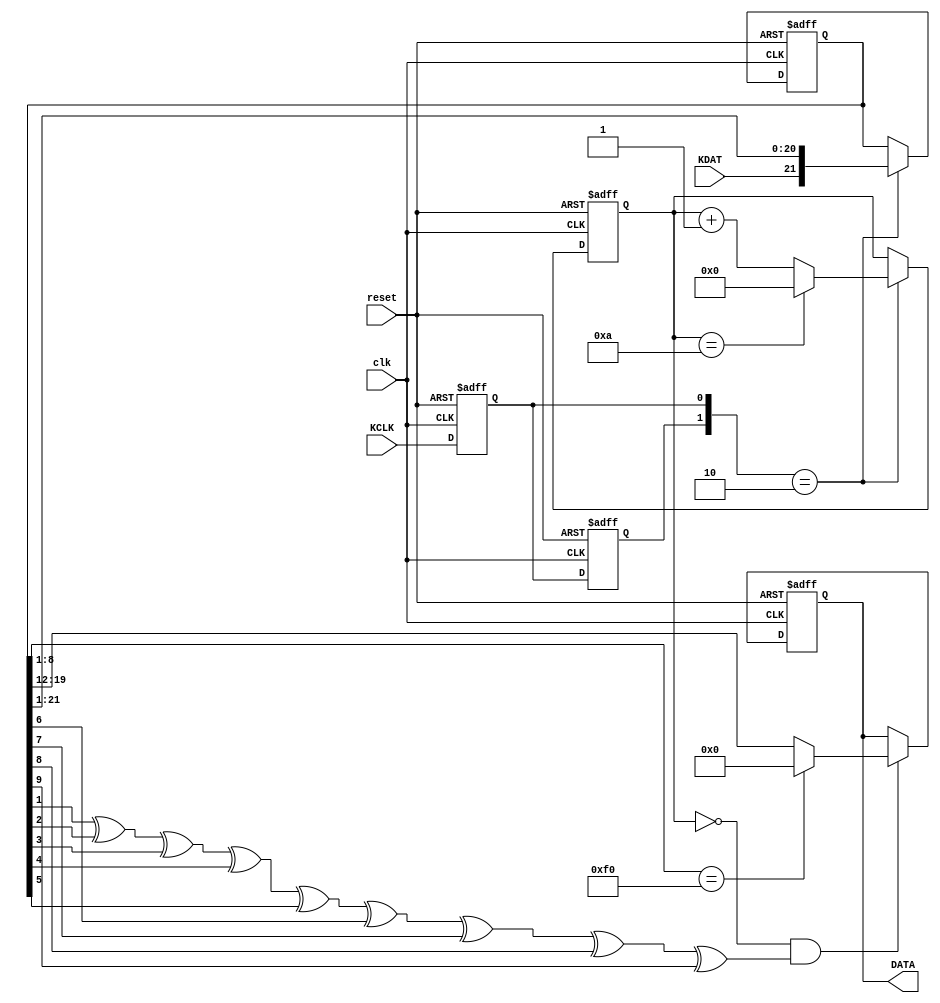
`timescale 1ns / 1ps
//////////////////////////////////////////////////////////////////////////////////
// Company: 
// Engineer: 
// 
// Design Name: 
// Module Name:    keyboard 
// Project Name: 
// Target Devices: 
// Tool versions: 
// Description: 
//
// Dependencies: 
//
// Revision: 
// Revision 0.01 - File Created
// Additional Comments: 
//
//////////////////////////////////////////////////////////////////////////////////
module keyboard( clk, reset, KCLK, KDAT, DATA);

input clk,reset;
input KCLK,KDAT;
output [7:0] DATA;

reg [21:0] R;    //receive
reg [3:0] counter;
reg [7:0] DATA;
reg c_state,n_state;


always@(posedge clk or posedge reset)begin
    if(reset)begin
	     c_state <= 1'b0;
		  n_state <= 1'b0;
	 end
	 else begin
	     c_state <= n_state;
		  n_state <= KCLK;
    end
end

always@(posedge clk or posedge reset)begin
    if(reset)
	     R <= 22'b11_00000000_0_11_00000000_0;
	 else begin
	     case({c_state,n_state})
		      2'b10:R <= {KDAT,R[21:1]};
				default:R <= R;
		  endcase
    end
end

always@(posedge clk or posedge reset)begin
    if(reset)
	     counter <= 4'd0;
	 else begin
	     case({c_state,n_state})
		      2'b10:begin
				          if(counter==4'd10)
							     counter <= 4'd0;
							 else
							     counter <= counter + 4'd1;
						end
				default:counter <= counter;
		  endcase
    end
end

wire check=R[1]^R[2]^R[3]^R[4]^R[5]^R[6]^R[7]^R[8]^R[9];

always@(posedge clk or posedge reset)begin
    if(reset)
	     DATA <= 8'd0;
    else if(counter==4'd0&&check==1'b1)begin
	     if(R[8:1]==8'hf0)
		      DATA <= 8'd0;
		  else
		      DATA <= R[19:12];
	 end
	 else
	     DATA <= DATA;
end
endmodule